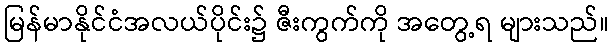
မြန်မာနိုင်ငံအလယ်ပိုင်း၌ ဇီးကွက်ကို အတွေ့ရ များသည်။